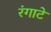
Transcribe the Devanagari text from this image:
रंगाटे